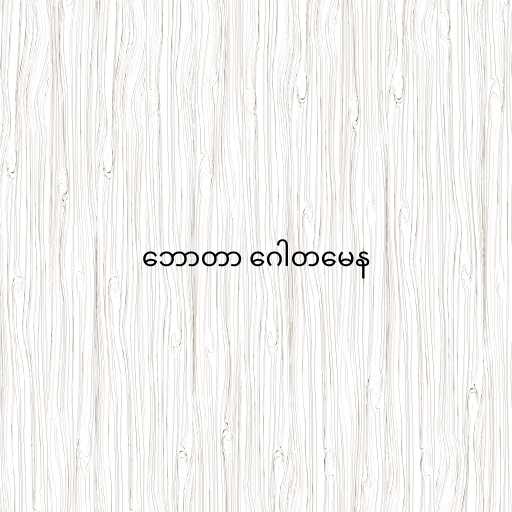
ဘောတာ ဂေါတမေန